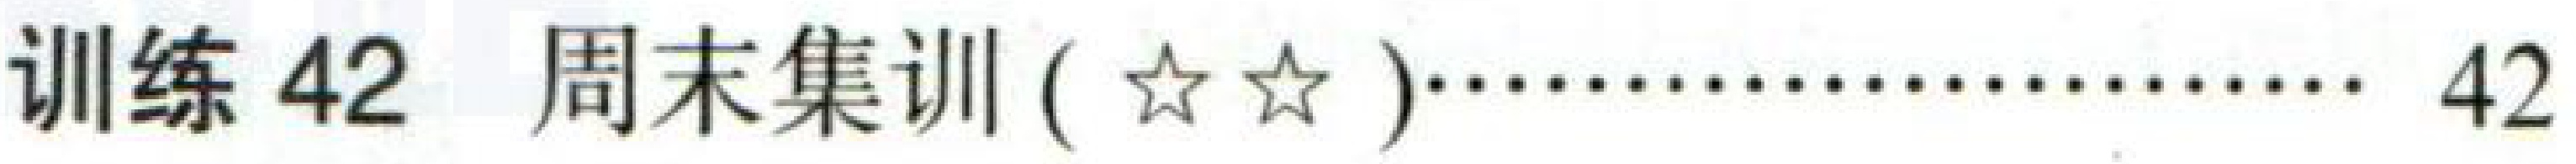
训练 42 周末集训(☆☆)……………… 42